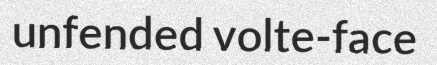
unfended volte-face